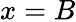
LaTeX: x=B